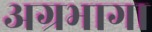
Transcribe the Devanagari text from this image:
अग्रभागा